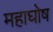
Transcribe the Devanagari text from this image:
महाघोष